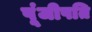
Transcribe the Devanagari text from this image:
पूंजीपति